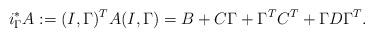
\begin{align*}i_{\Gamma}^* A := (I, \Gamma)^T A (I,\Gamma) = B + C\Gamma + \Gamma^T C^T + \Gamma D \Gamma^T.\end{align*}